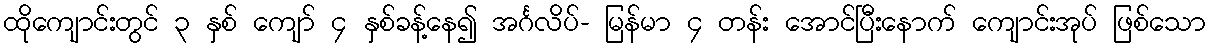
ထိုကျောင်းတွင် ၃ နှစ် ကျော် ၄ နှစ်ခန့်နေ၍ အင်္ဂလိပ်- မြန်မာ ၄ တန်း အောင်ပြီးနောက် ကျောင်းအုပ် ဖြစ်သော